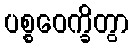
ပစ္စဝေက္ခိတွာ